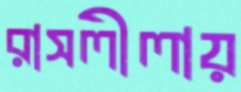
রাসলীলায়